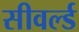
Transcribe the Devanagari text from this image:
सीवर्ल्ड